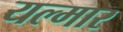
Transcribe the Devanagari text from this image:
यल्मार